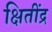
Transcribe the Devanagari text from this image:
क्षितींद्र